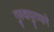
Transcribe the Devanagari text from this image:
गुरुवायुरप्पाने